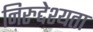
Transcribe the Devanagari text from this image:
निरुद्देश्यता